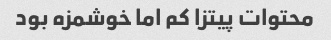
محتوات پیتزا کم اما خوشمزه بود